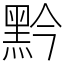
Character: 黔